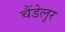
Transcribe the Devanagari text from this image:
चैंडेलुर